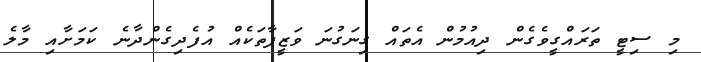
މި ސިޓީ ތަރައްގީވެގެން ދިއުމުން އެތައް ގިނަގުނަ ވަޒީފާތަކެއް އުފެދިގެންދާނެ ކަމަށާއި މާލެ